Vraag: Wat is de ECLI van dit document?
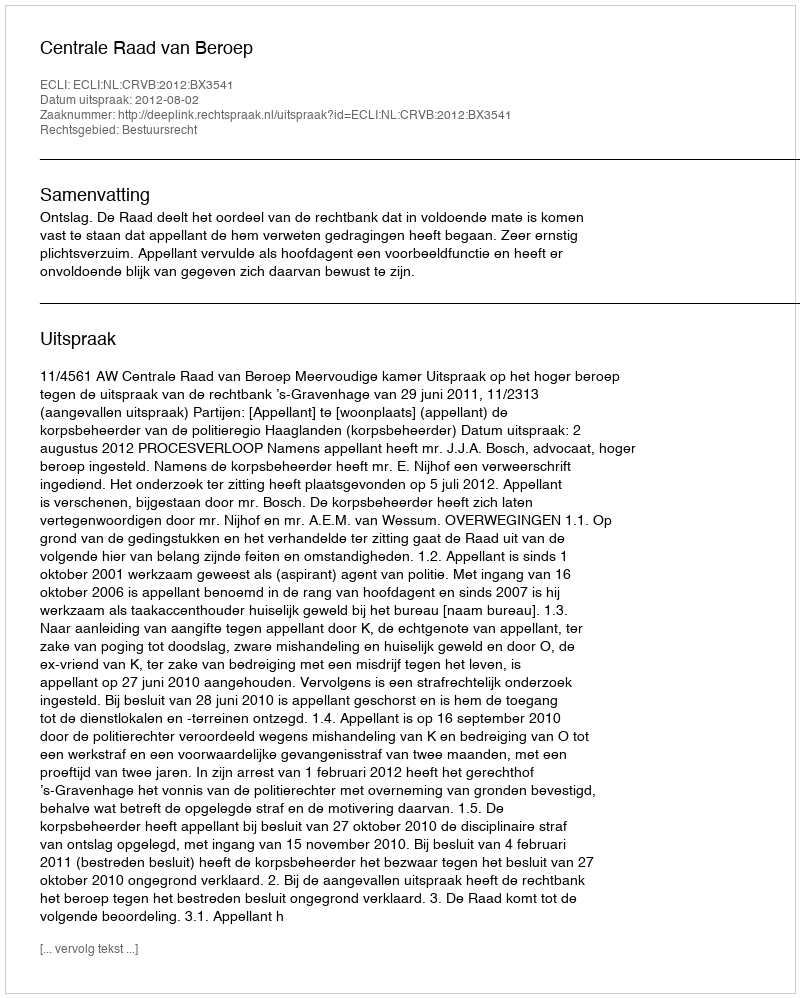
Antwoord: ECLI:NL:CRVB:2012:BX3541